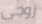
زوجي